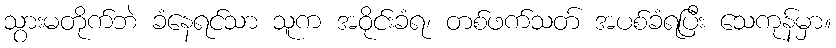
သွားမတိုက်ဘဲ ခံနေရင်သာ သူက အဝိုင်းခံရ၊ တစ်ဖက်သတ် အပစ်ခံရပြီး သေကုန်မှာ။